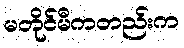
မတိုင်မီကတည်းက